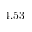
4 . 5 3